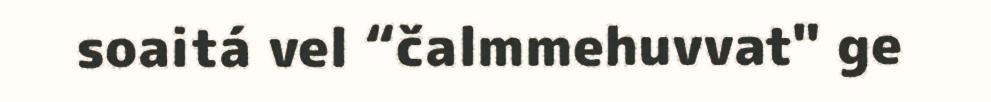
soaitá vel “čalmmehuvvat" ge